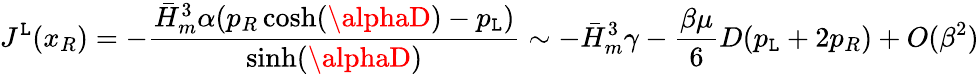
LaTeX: J^{\mathtt{L}}(x_{R})=-{\frac{{\bar{{H}}_{m}^{3}\alpha(p_{R}\cosh(\alphaD)-p_{\mathtt{L}})}}{{\sinh(\alphaD)}}}\sim-\bar{{H}}_{m}^{3}\gamma-{\frac{{\beta\mu}}{{6}}}D(p_{\mathtt{L}}+2p_{R})+O(\beta^{2})